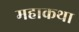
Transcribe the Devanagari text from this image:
महाकथा